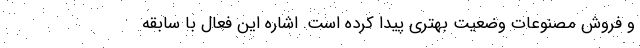
و فروش مصنوعات وضعیت بهتری پیدا کرده است. اشاره این فعال با سابقه